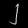
Digit: ၂